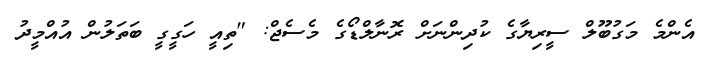
އެންމެ މަގުބޫލް ސީރިޔާގެ ކުދިންނަށް ރޮނާލްޑޯގެ މެސެޖް: "ތިއީ ހަގީގީ ބަތަލުން އުއްމީދު